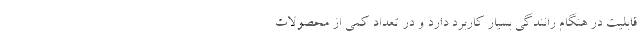
قابلیت در هنگام رانندگی بسیار کاربرد دارد و در تعداد کمی از محصولات